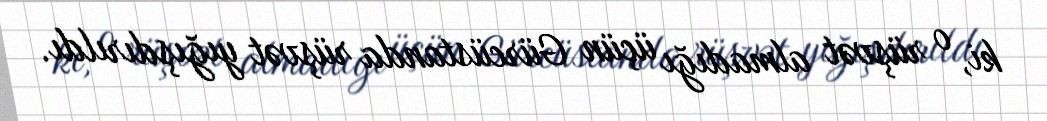
ki, o rüşvət almadığı üçün Gürcüstanda rüşvət yığışdırıldı.